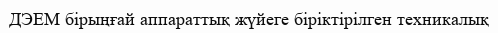
ДЭЕМ бірыңғай аппараттық жүйеге біріктірілген техникалық